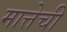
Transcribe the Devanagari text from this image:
मात्तेची